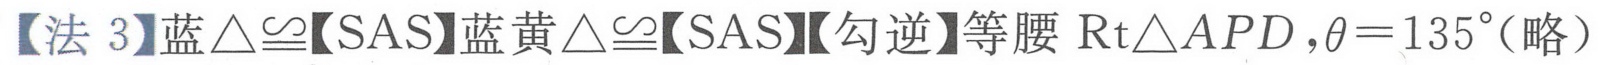
【法 3】蓝\(\triangle\cong\)【SAS】蓝黄\(\triangle\cong\)【SAS】【勾逆】等腰 \(\text{Rt}\triangle APD\)，\(\theta = 135^{\circ}\)(略）